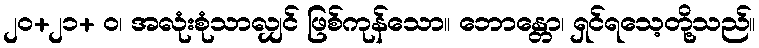
၂၀+၂၁+ ဝ၊ အလုံးစုံသာလျှင် ဖြစ်ကုန်သော။ ဘောန္တော၊ ရှင်ရသေ့တို့သည်။